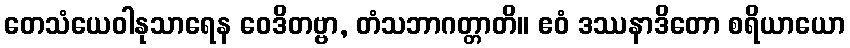
တေသံယေဝါနုသာရေန ဝေဒိတဗ္ဗာ, တံသဘာဂတ္တာတိ။ ဧဝံ ဒဿနာဒိတော စရိယာယော